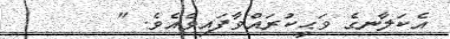
އެކަލާނގެ ވަޙީކުރައްވާފައިވެއެވެ. "